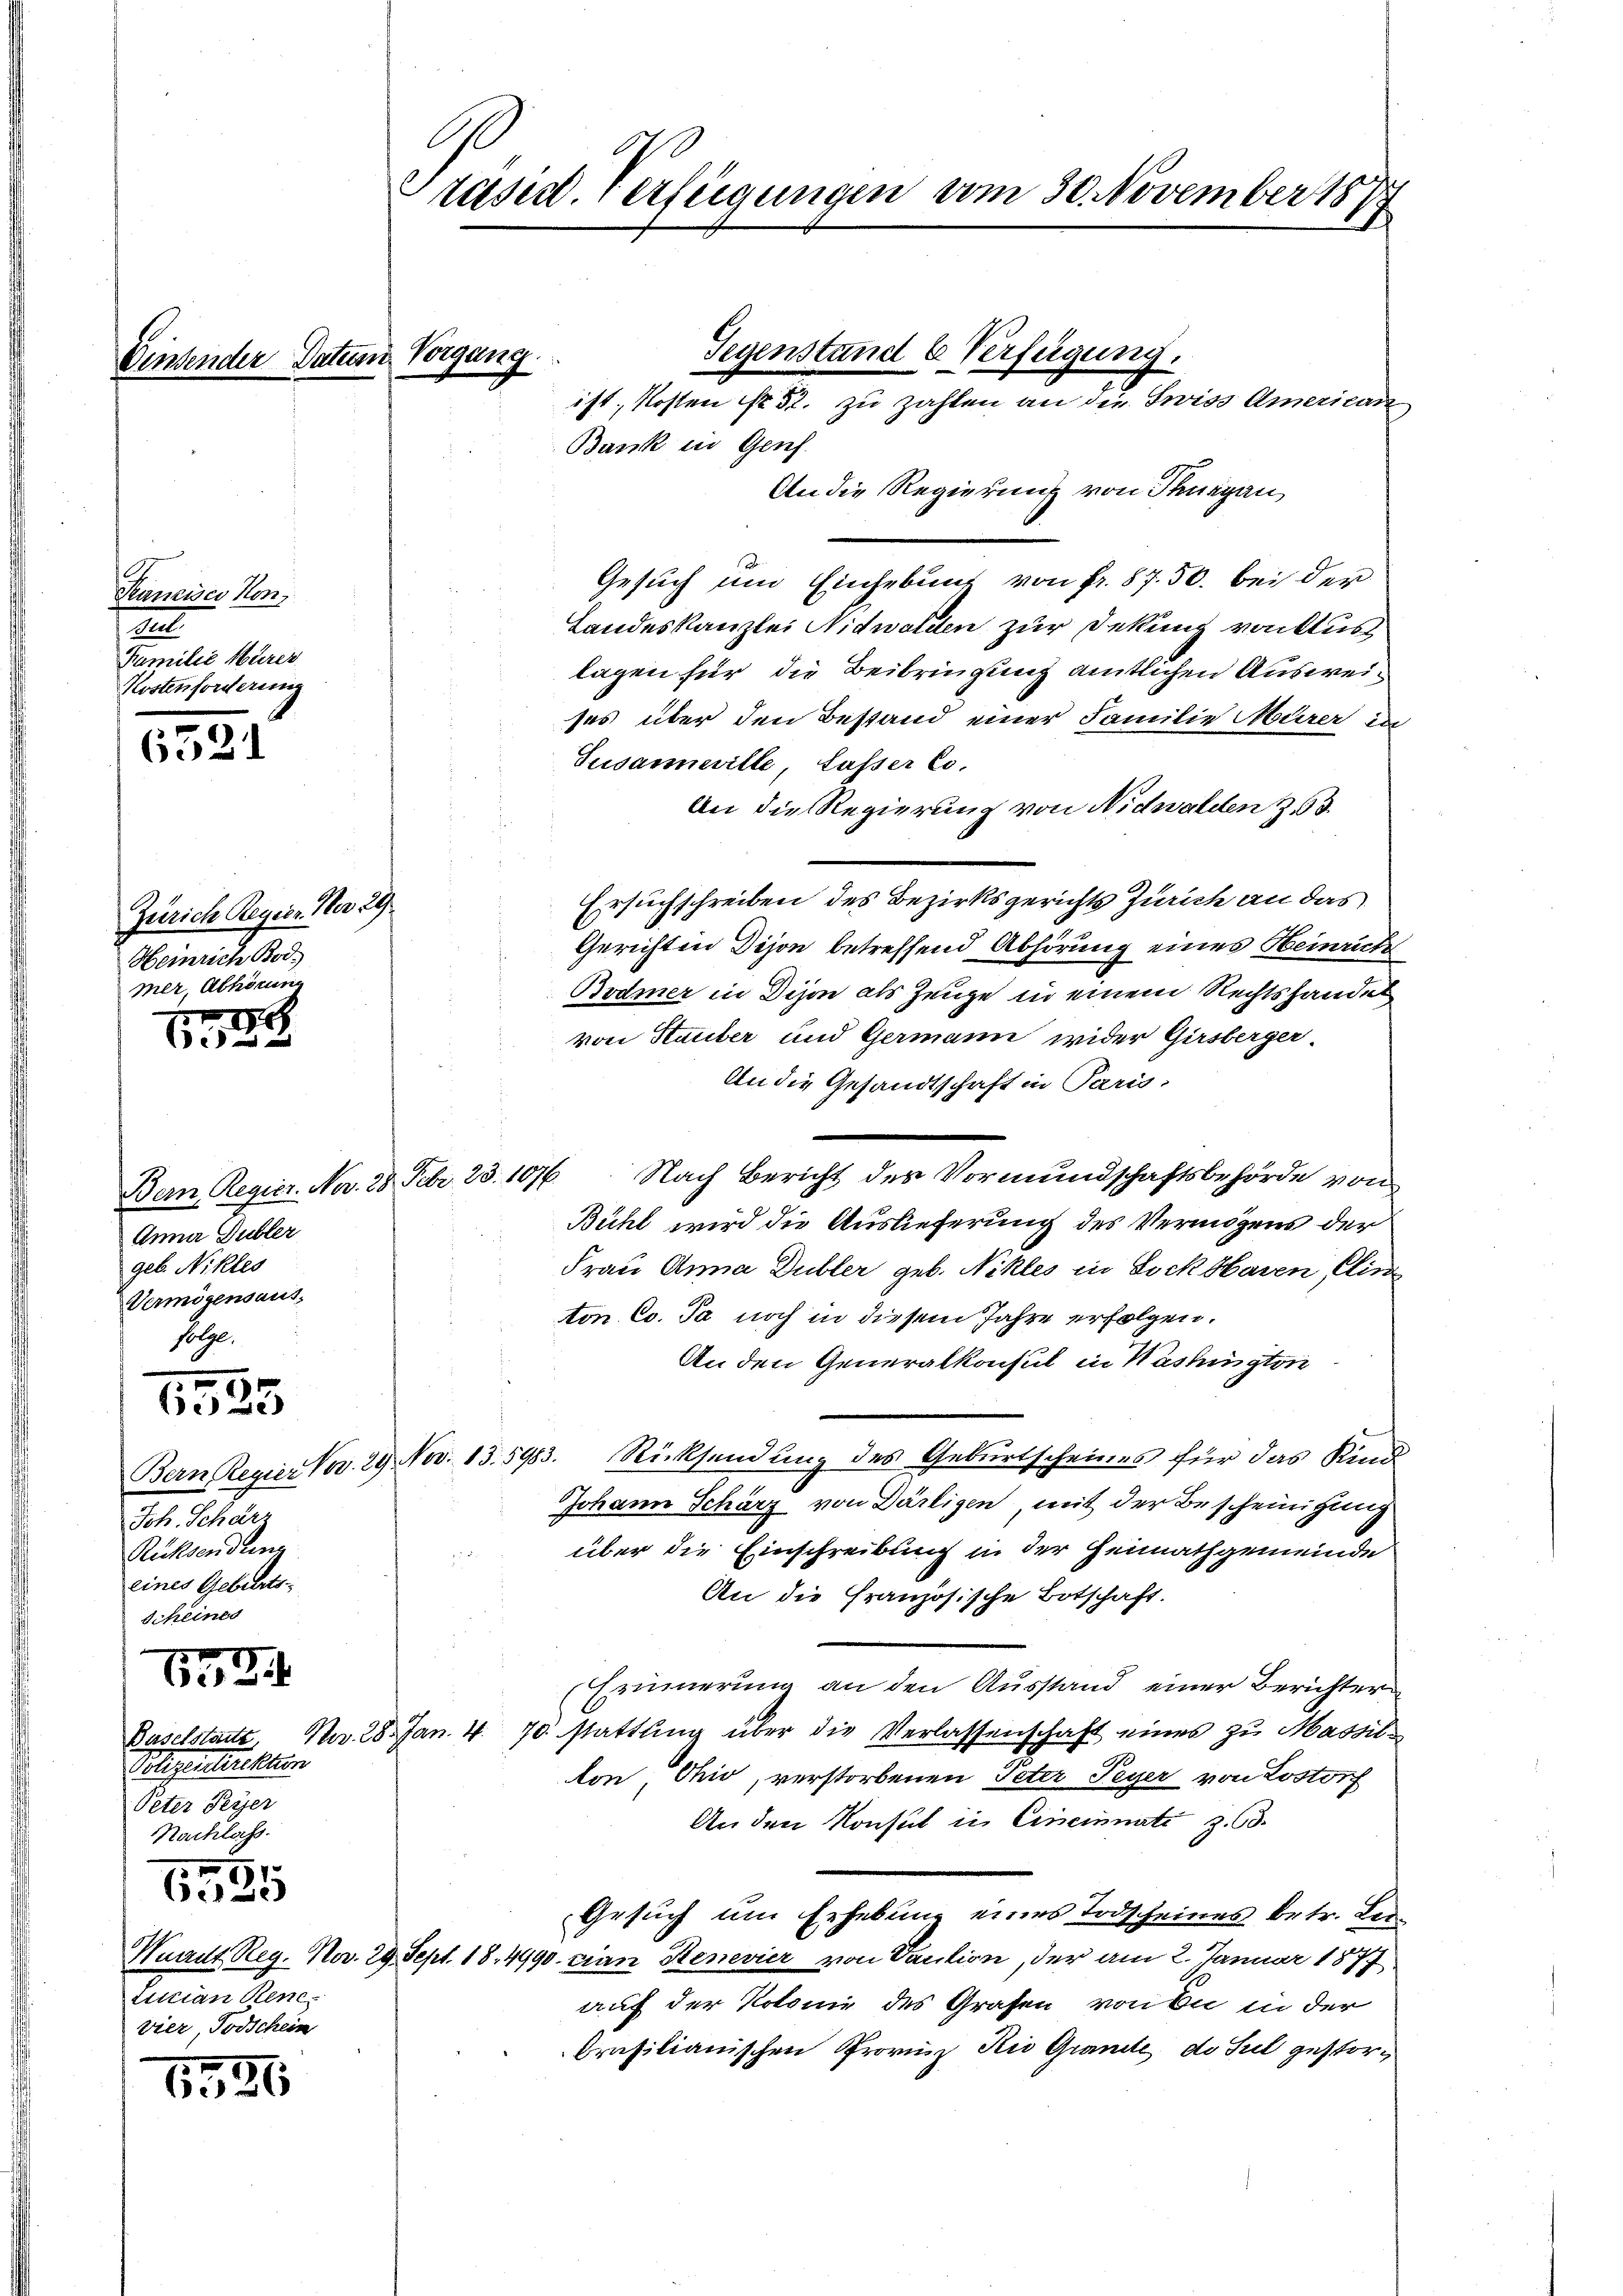
Vinsender Datum Vorgang.

Tancisci Non,
Gel.
Familie Härer
Kostenforderung

6521

11 f 0 x

1525

632.

1596

Zürich Regier. Ner 29.
Heinrich Bod
mer, Abhörung
1

Anna Gubler
geb. Nikles
Vermögensausfolge.

Joh. Schärr
Rücksendung
eines Gebiets¬
Scheines
51

Baselstatte,
Seligentuellen
Peter Peyer
Nachlass
1
Ochse
Wundt Reg. Nov. 29.
Lucian Rene.
vier, Todschein

Präsid. Verfügungen vom 30. November 1874

Bank in Genf.
An die Regierung von Thurgau
Gesuch um Einhebung von Fr. 87. 50. bei der
Landeskanzlei Nidwalden zur Dekung vonklus
lagen für die Beibringung amtlichen Ausweises über den Bestand einer Familie Mürer in
Tusanneville, lasser Co
An die Regierung von Nidwalden 23.
Ersuchschreiben des Bezirksgerichts Zürich an das
Gerichten Dison betreffend Abhörung eines Heinricht
Bodmer in Dison als Zeuge in einem Rechtshandel
von Stauber und Germann wider Girsberger-
An die Gesandtschaft in Paris,
Bern, Regier. No. 28. Febr. 23. 1076. Nach Bericht des Vormundschaftsbehörde von
Bühl wird die Auslieferung des Vermögens der
Frau Anna Dubler geb. Nikles in Sockbaren Clin
ton Co. Ja noch in diesem Jahre erfolgen.
An den Generalkonsul in Washington
Bern Regier Fr. 29. Nov. 13. 5983. Rücksendung des Geburtscheines für das Kind¬
Johann Schärz von Därligen, mit der Bescheinigung
über die Einschreibung in der Heimathgemeinde
s
An die Französische Botschaft.
Erinnerung an den Ausstand einer Berichter
Nr. 28. Jan. 4. 70. stattŭng über die Verlassenschaft eines zu Massil-
ton Ohio, verstorbenen Peter Feyer von Lostorf
An den Konsul in Cincinati z. 63.
Gesuch um Erhebung eines Todscheines betr. Bei¬
Sept. 18. 4990. cian Kenevier von Vaution, der am 2. Januar 1877
auf der Kolonie des Grafen von Du in der
brasilianischen Provinz Kio Grande, do sul gestor¬

ist, Kosten No 52. zu zahlen an die Swiss American

Gegenstand u Verfügung.